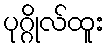
ပုဂ္ဂိုလ်ထူး